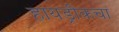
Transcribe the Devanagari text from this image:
हायड्रीकचा